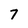
Character: 7